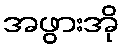
အဖွားအို